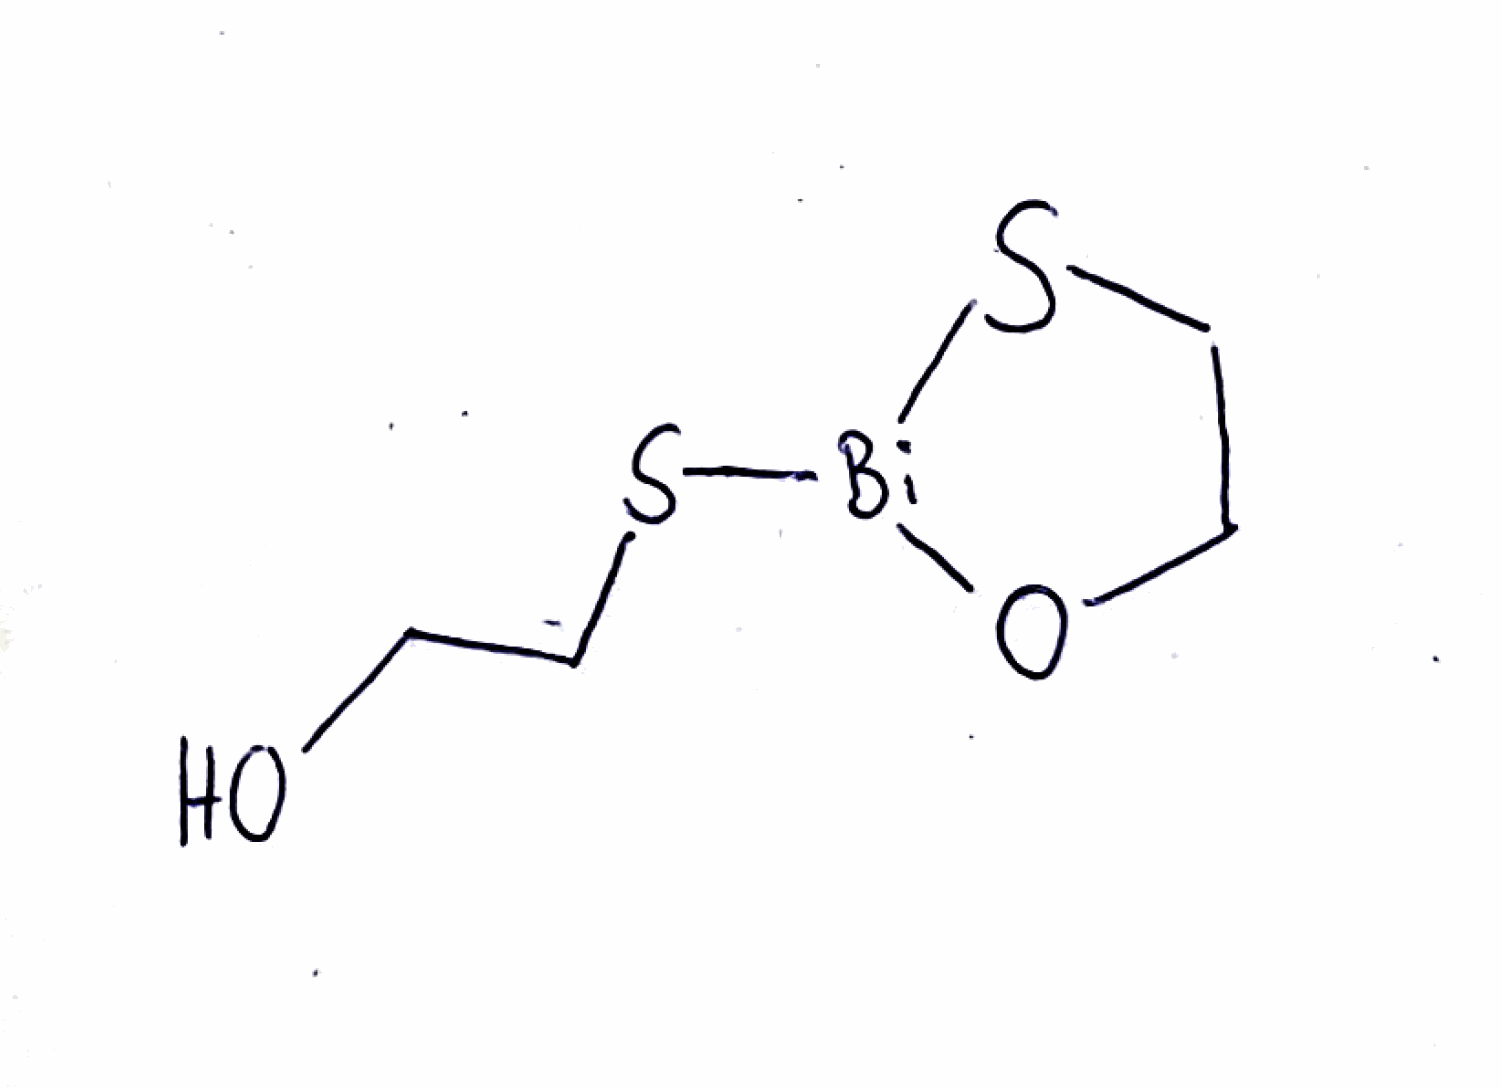
Simplified molecular-input line-entry system (SMILES) notation of the given molecule:
C1CS[Bi](O1)SCCO